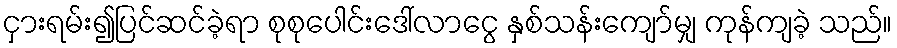
ငှားရမ်း၍ပြင်ဆင်ခဲ့ရာ စုစုပေါင်းဒေါ်လာငွေ နှစ်သန်းကျော်မျှ ကုန်ကျခဲ့ သည်။